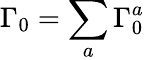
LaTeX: \Gamma_{0}=\sum_{a}\Gamma_{0}^{a}